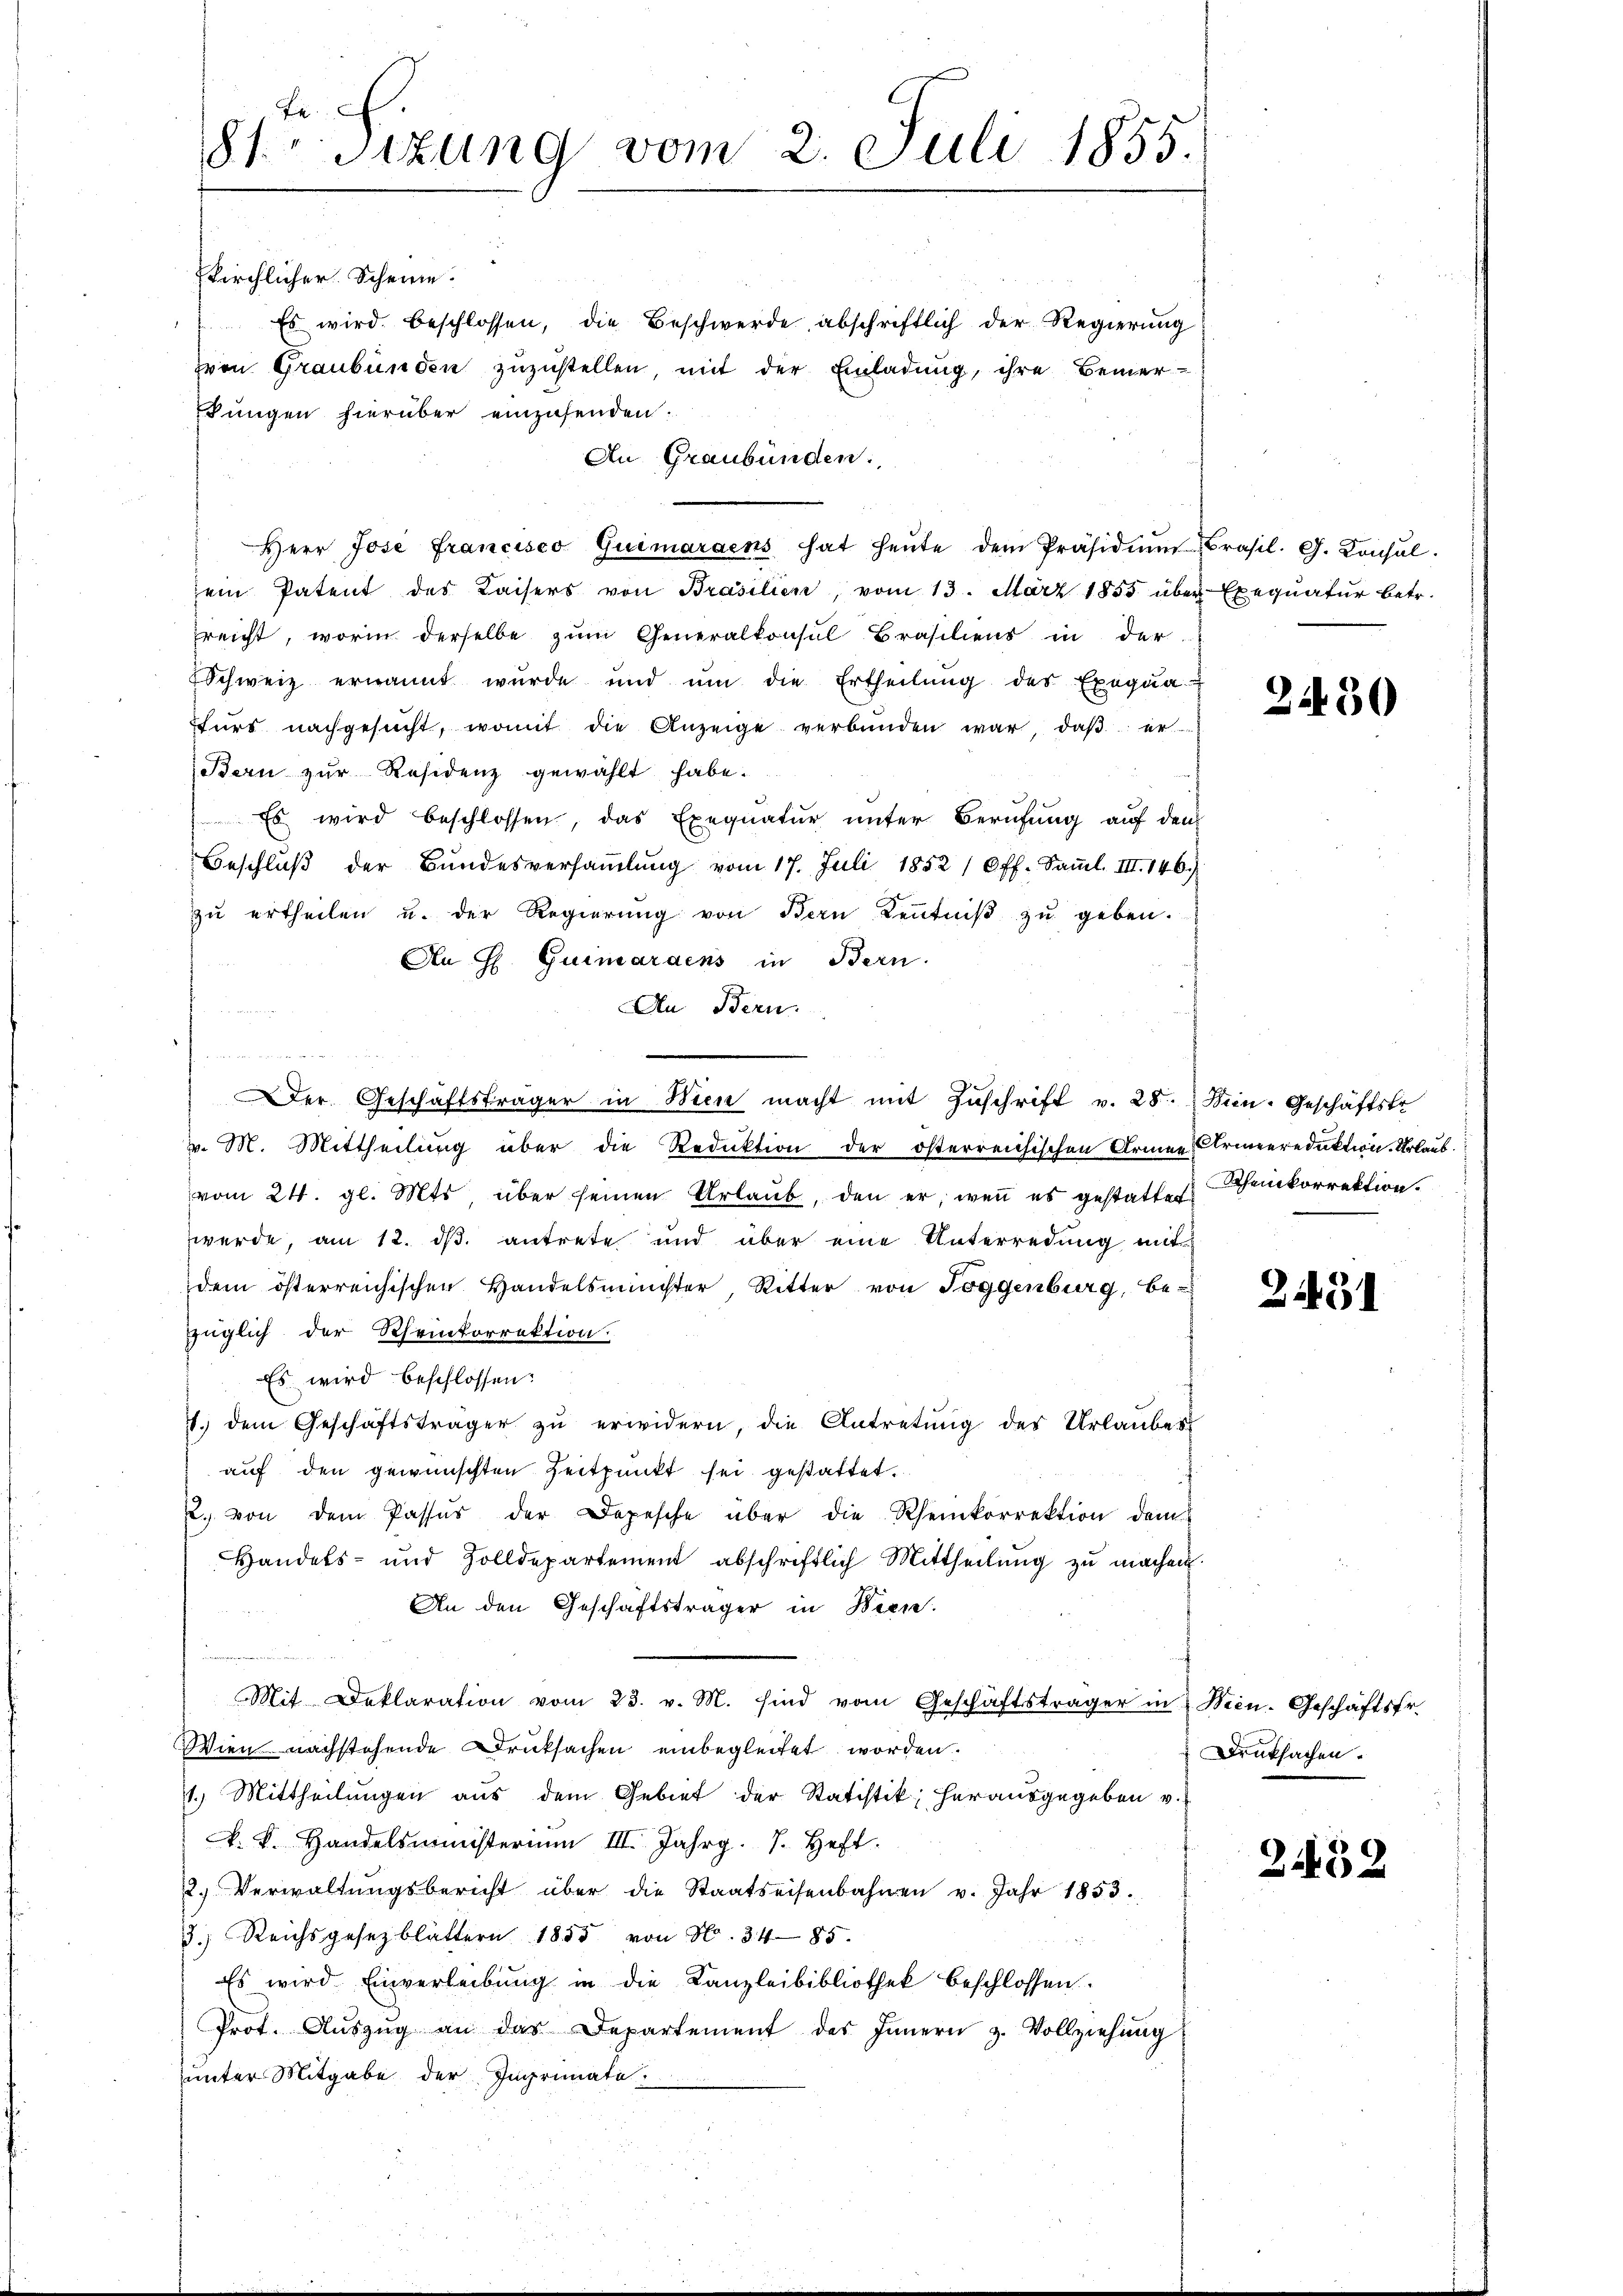
kirchlicher Scheine.
Es wird beschlossen, die Beschwerde abschriftlich der Regierung
von Graubünden zuzustellen, mit der Einladung, ihre Bemer¬
Jungen hierüber einzusenden.
An Graubünden.
Herr Jose Francisco Quimaraens hat heŭte dem Präsidiŭm Brasil. G. Consul
ein Patent des Kaisers von Prasilien, vom 13. März 1855 über Exequatur betr.
reicht, worin derselbe zum Generalkonsul Brasiliens in der
Schweiz ernannt wurde und ŭm die Ertheilŭng des Exeqŭa
turs nachgesucht, womit die Anzeige verbunden war, daß er
Bern zur Residenz gewählt habe.
Es wird beschlossen, das Exequatur unter Berufung auf den
Beschlŭβ der Bŭndesversaṁlŭng vom 17. Juli 1852 (Off. Saṁl. III. 146.)
zŭ ertheilen u. der Regierŭng von Bern Kenntniβ zŭ geben.
An H. Guimaraens in Bern.
An Bern.
n
Der Geschäftsträger in Wien macht mit Zuschrift v. 28. Sein Geschäftstr
v. M. Mittheilung über die Reduktion der österreichischen Armen Armeereduktion. Urlaub.
vom 24. gl. Mts, über seinen Urlaŭb, den er, wenn es gestattet heinkorrektion.
werde, am 12. ds. antrete und über eine Unterredung mit
dem österreichischen Handelsminister, Ritter von Toggenburg, be-
züglich der Rheinkorrektion.
Es wird beschlossen:
7. dem Geschäftsträger zŭ erwidern, die Antretŭng des Urlaubes
auf den gewünschten Zeitpunkt sei gestattet.
c. von dem Passus der Depesche über die Rheinkorrektion dem
Handels- und Zolldepartement abschriftlich Mittheilŭng zŭ machen.
An den Geschäftsträger in Bern.
Mit Deklaration vom 23. v. M. sind vom Geschäftsträger in Nein. Geschäftsfr.
Wien nachstehende Druksachen einbegleitet worden.
1.) Mittheilungen aus dem Gebiet der Statistik herausgegeben v.
k. k. Handelsministerium III. Jahrg. 7. Heft.
2. Verwaltŭngsbericht über die Staatseisenbahnen v. Jahr 1853.
3. Reichsgesezblättern 1855 von N. 3485.
Es wird. Einverleibung in die Kanzleibibliothek beschlossen.
Prot. Aŭszŭg an das Departement des Innern z. Vollziehung
unter Mitgabe der Ingrimate

2
81 sizung vom 2. Juli 1855.

2430

2.431

Druksachen.

252